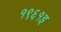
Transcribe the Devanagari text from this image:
१९६१इ